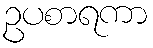
ဥပစာရကာ